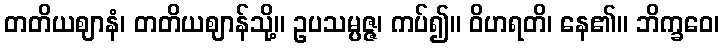
တတိယဈာနံ၊ တတိယဈာန်သို့။ ဥပသမ္ပဇ္ဇ၊ ကပ်၍။ ဝိဟရတိ၊ နေ၏။ ဘိက္ခဝေ၊